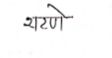
मजकूर: शरणे